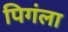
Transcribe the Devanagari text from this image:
पिगंला